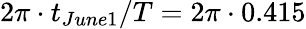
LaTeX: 2\pi\cdot t_{June1}/T=2\pi\cdot 0.415